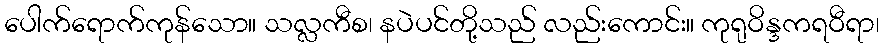
ပေါက်ရောက်ကုန်သော။ သလ္လကီစ၊ နပဲပင်တို့သည် လည်းကောင်း။ ကုရုဝိန္ဒကရဝီရာ၊